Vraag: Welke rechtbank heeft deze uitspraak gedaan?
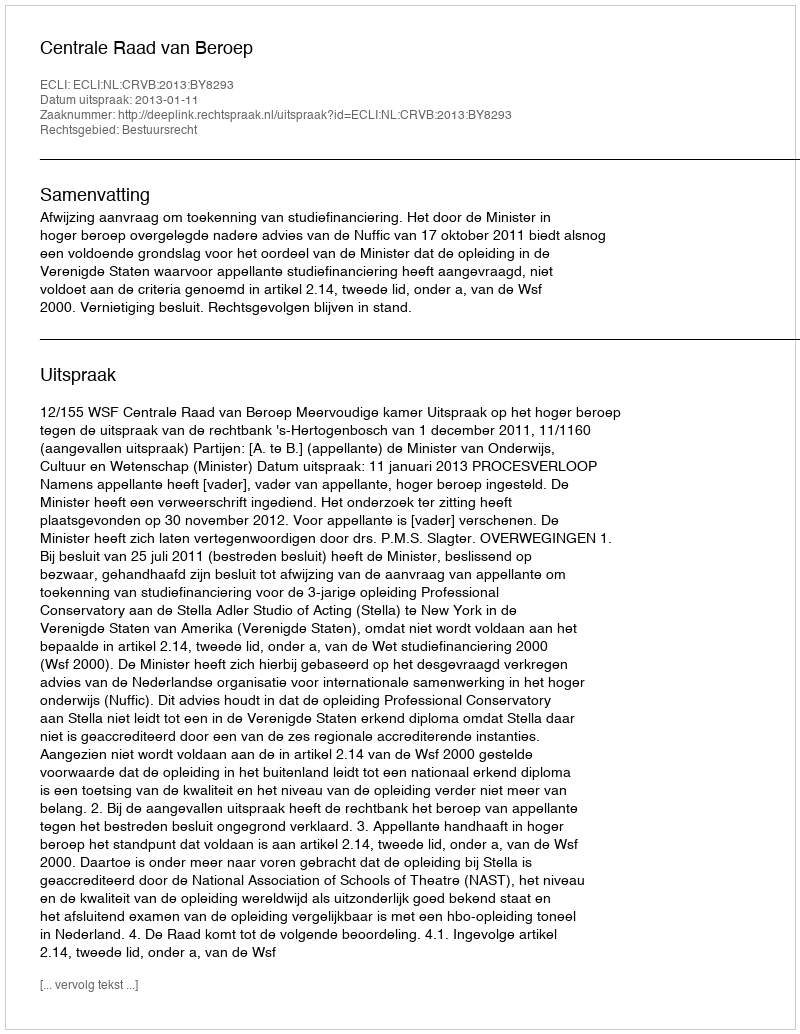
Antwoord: Centrale Raad van Beroep